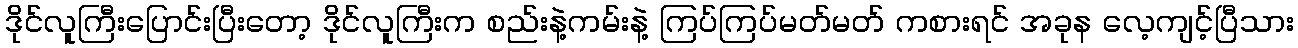
ဒိုင်လူကြီးပြောင်းပြီးတော့ ဒိုင်လူကြီးက စည်းနဲ့ကမ်းနဲ့ ကြပ်ကြပ်မတ်မတ် ကစားရင် အခုန လေ့ကျင့်ပြီသား